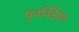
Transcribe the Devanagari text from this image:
पुनर्निर्देशत